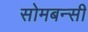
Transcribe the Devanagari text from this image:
सोमबन्सी